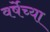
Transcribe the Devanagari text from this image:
वर्षेच्या